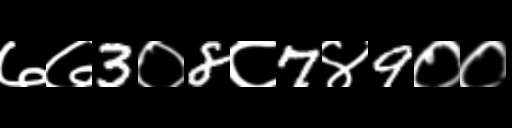
Text: ७७3०8८7४9००